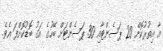
އާ އިތުރުކޮށް 20 ޕަސެންޓާއި 30 ޕަސެންޓަށް ބޭހުގެ އަގު ބޮޑުކޮށްފަ އެވެ.